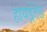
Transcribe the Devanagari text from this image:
हायड्रेटेड